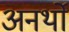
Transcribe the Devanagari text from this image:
अनर्थो